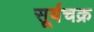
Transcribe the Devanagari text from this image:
सूर्यचक्र